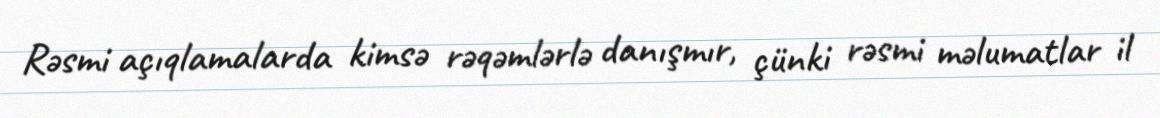
Rəsmi açıqlamalarda kimsə rəqəmlərlə danışmır, çünki rəsmi məlumatlar il